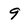
Character: 9